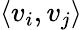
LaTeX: \langle v_{i},v_{j}\rangle